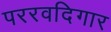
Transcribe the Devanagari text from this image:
पररवदिगार